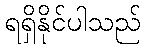
ရရှိနိုင်ပါသည်